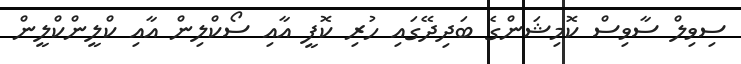
ސިވިލް ސާވިސް ކޮމިޝަންގެ ބަދިދޭގައި ހުރި ކޮފީ އާއި ސޯކްލިން އާއި ކްލީންކްލީން